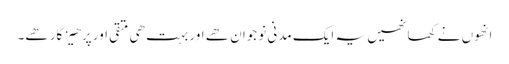
انھوں نے کھا نھیں یہ ایک مدنی نوجوان ھے اور بہت ھی متقی اور پرھیز گار ھے۔